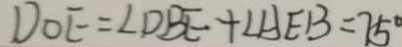
D O E = \angle D B E + \angle A E B = 7 5 ^ { \circ }